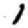
Digit: 1